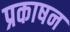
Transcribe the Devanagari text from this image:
प्रकाषन